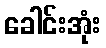
ခေါင်းအုံး